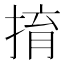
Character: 𢯡